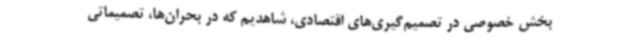
بخش خصوصی در تصمیم‌گیری‌های اقتصادی، شاهدیم که در بحران‌ها، تصمیماتی